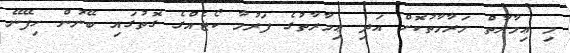
މި ޢިމާރާތް މަރާމާތުކޮށް އަދި ޢިމާރާތުގެ ފަރުމާ ކޯޓެއްގެ ގޮތުގައި ބޭނުން ހިފޭނޭ